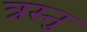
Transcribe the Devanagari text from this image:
त्रस्नु